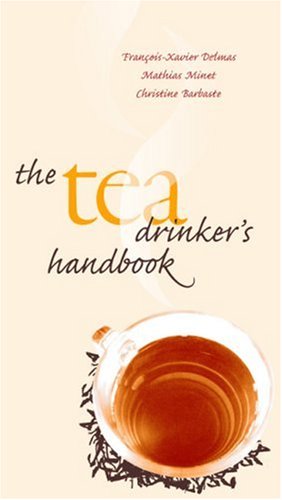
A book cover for The Tea Drinker's Handbook; Francois-xavier Delmas; Cookbooks, Food & Wine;